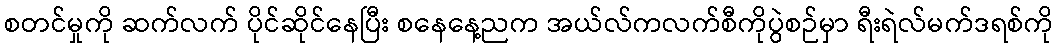
စတင်မှုကို ဆက်လက် ပိုင်ဆိုင်နေပြီး စနေနေ့ညက အယ်လ်ကလက်စီကိုပွဲစဉ်မှာ ရီးရဲလ်မက်ဒရစ်ကို